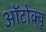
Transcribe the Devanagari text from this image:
ऑटोक्यू